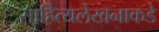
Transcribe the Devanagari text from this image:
साहित्यलेखनाकडे